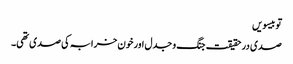
تو بیسویں
صدی در حقیقت جنگ و جدل اور خون خرابہ کی صدی تھی۔